Lunatic asylums Madras 1877-1891 - 1877-1891
Year: 1877
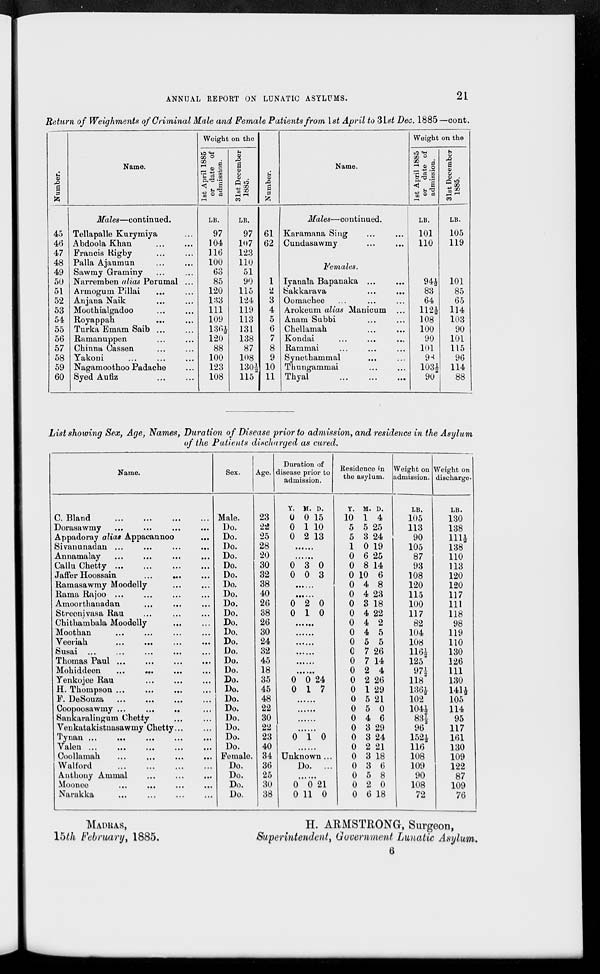
ANNUAL REPORT ON LUNATIC ASYLUMS.
21
Return of Weighments of Criminal Male and Female Patients from 1st April to 31st Dec. 1885 —cont.
Number.
45
46
47
48
49
50
51
52
53
54
55
56
57
58
59
60
Name.
Males—continued.
Tellapalle Kurymiya ...
Abdoola Khan ... ...
Francis Rigby ... ...
Palla Ajaumun ... ...
Sawmy Graminy ... ...
Narremben alias Perumal ...
Armogum Pillai ... ...
Anjana Naik ... ...
Moothialgadoo ... ...
Royappah
...
...
Turka Emam Saib ... ...
Ramanuppen ... ...
Chinna Cassen ... ...
Yakoni ... ... ...
Nagamoothoo Padache ...
Syed Aufiz ... ...
Weight on the
1st April 1885
or date of
admission.
LB.
97
104
116
100
63
85
120
133
111
109
136½
120
88
100
123
108
31st December
1885.
LB.
97
107
123
110
51
90
115
124
119
113
131
138
87
108
130½
115
Number.
61
62
1
2
3
4
5
6
7
8
9
10
11
Name.
Males—continued.
Karamana Sing ... ...
Cundasawmy ... ...
Females.
Iyanala Bapanaka ... ...
Sakkarava
...
...
Oomachee ... ... ...
Arokeum alias Manicum ...
Anam Subbi ... ...
Chellamah ... ...
Kondai
...
...
...
Rammai ... ... ...
Synethammal ... ...
Thungammai ... ...
Thyal ... ... ...
Weight on the
1st April 1885
or date of
admission.
LB.
101
110
94½
83
64
112½
108
100
90
101
98
103½
90
31st December
1885.
LB.
105
119
101
85
65
114
103
90
101
115
96
114
88
List showing Sex, Age, Names, Duration of Disease prior to admission, and residence in the Asylum
of the Patients discharged as cured.
Name.
C. Bland ... ...
...
...
Dorasawmy
...
...
...
...
Appadoray alias Appacannoo
...
Sivanunadan ... ... ... ...
Annamalay
...
...
...
...
Callu Chetty ... ... ... ...
Jaffer Hoossain ... ... ...
Ramasawmy Moodelly ... ...
Rama Rajoo . . . . . . . . . . . . ...
Amoorthanadan ... ... ...
Streonivasa Rau ... ... ...
Chithambala Moodelly ... ...
Moothan ... ... ... ...
Veeriah
...
...
...
...
Susai ...
...
...
...
...
Thomas Paul ...
...
...
...
Mohiddeen
...
...
...
...
Yenkojee Rau ... ... ...
H. Thompson ...
...
...
...
F. DeSouza ... ...
...
...
Coopoosawmy ... ... ... ...
Sankaralingum Chetty ... ...
Venkatakistnasawmy Chetty ... ...
Tynan ...
...
...
...
...
Valen ...
...
...
...
...
Coollamah
...
...
...
...
Walford ... ... ... ...
Anthony Ammal ... ... ...
Moonee
...
...
...
...
Narakka
...
...
...
...
Sex.
Male.
Do.
Do.
Do.
Do.
Do.
Do.
Do.
Do.
Do.
Do.
Do.
Do.
Do.
Do.
Do.
Do.
Do.
Do.
Do.
Do.
Do.
Do.
Do.
Do.
Female.
Do.
Do.
Do.
Do.
Age.
23
22
25
28
20
30
32
38
40
26
38
26
30
24
32
45
18
35
45
48
22
30
22
23
40
34
36
25
30
38
Duration of
disease prior to
admission.
Y.
0
0
0
M.
0
1
2
D.
15
10
13
......
......
0
0
3
0
0
3
......
......
0
0
2
1
0
0
......
......
......
......
......
......
0
0
0
1
24
7
......
......
......
......
0 1 0
......
Unknown ...
Do. ...
......
0
0
0
11
21
0
Residence in
the asylum.
Y.
10
5
5
1
0
0
0
0
0
0
0
0
0
0
0
0
0
0
0
0
0
0
0
0
0
0
0
0
0
0
M.
1
5
3
0
6
8
10
4
4
8
4
4
4
5
7
7
2
2
1
5
5
4
3
3
2
3
3
5
2
6
D.
4
25
24
19
25
14
6
8
23
18
22
2
5
5
26
14
4
26
29
21
0
6
29
24
21
18
6
8
0
18
Weight on
admission.
LB.
105
113
90
105
87
93
108
120
115
100
117
82
104
108
116½
125
97½
118
136½
102
104½
83½
96
152½
116
108
109
90
108
72
Weight on
discharge.
LB.
130
138
111½
138
110
113
120
120
117
111
118
98
119
110
130
126
111
130
141½
105
114
95
117
161
130
109
122
87
109
76
MADRAS,
H. ARMSTRONG, Surgeon,
15th February, 1885.
Superintendent, Government Lunatic Asylum.
6